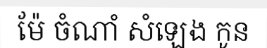
ម៉ែ ចំណាំ សំឡេង កូន